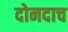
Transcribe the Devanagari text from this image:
दोनदाच